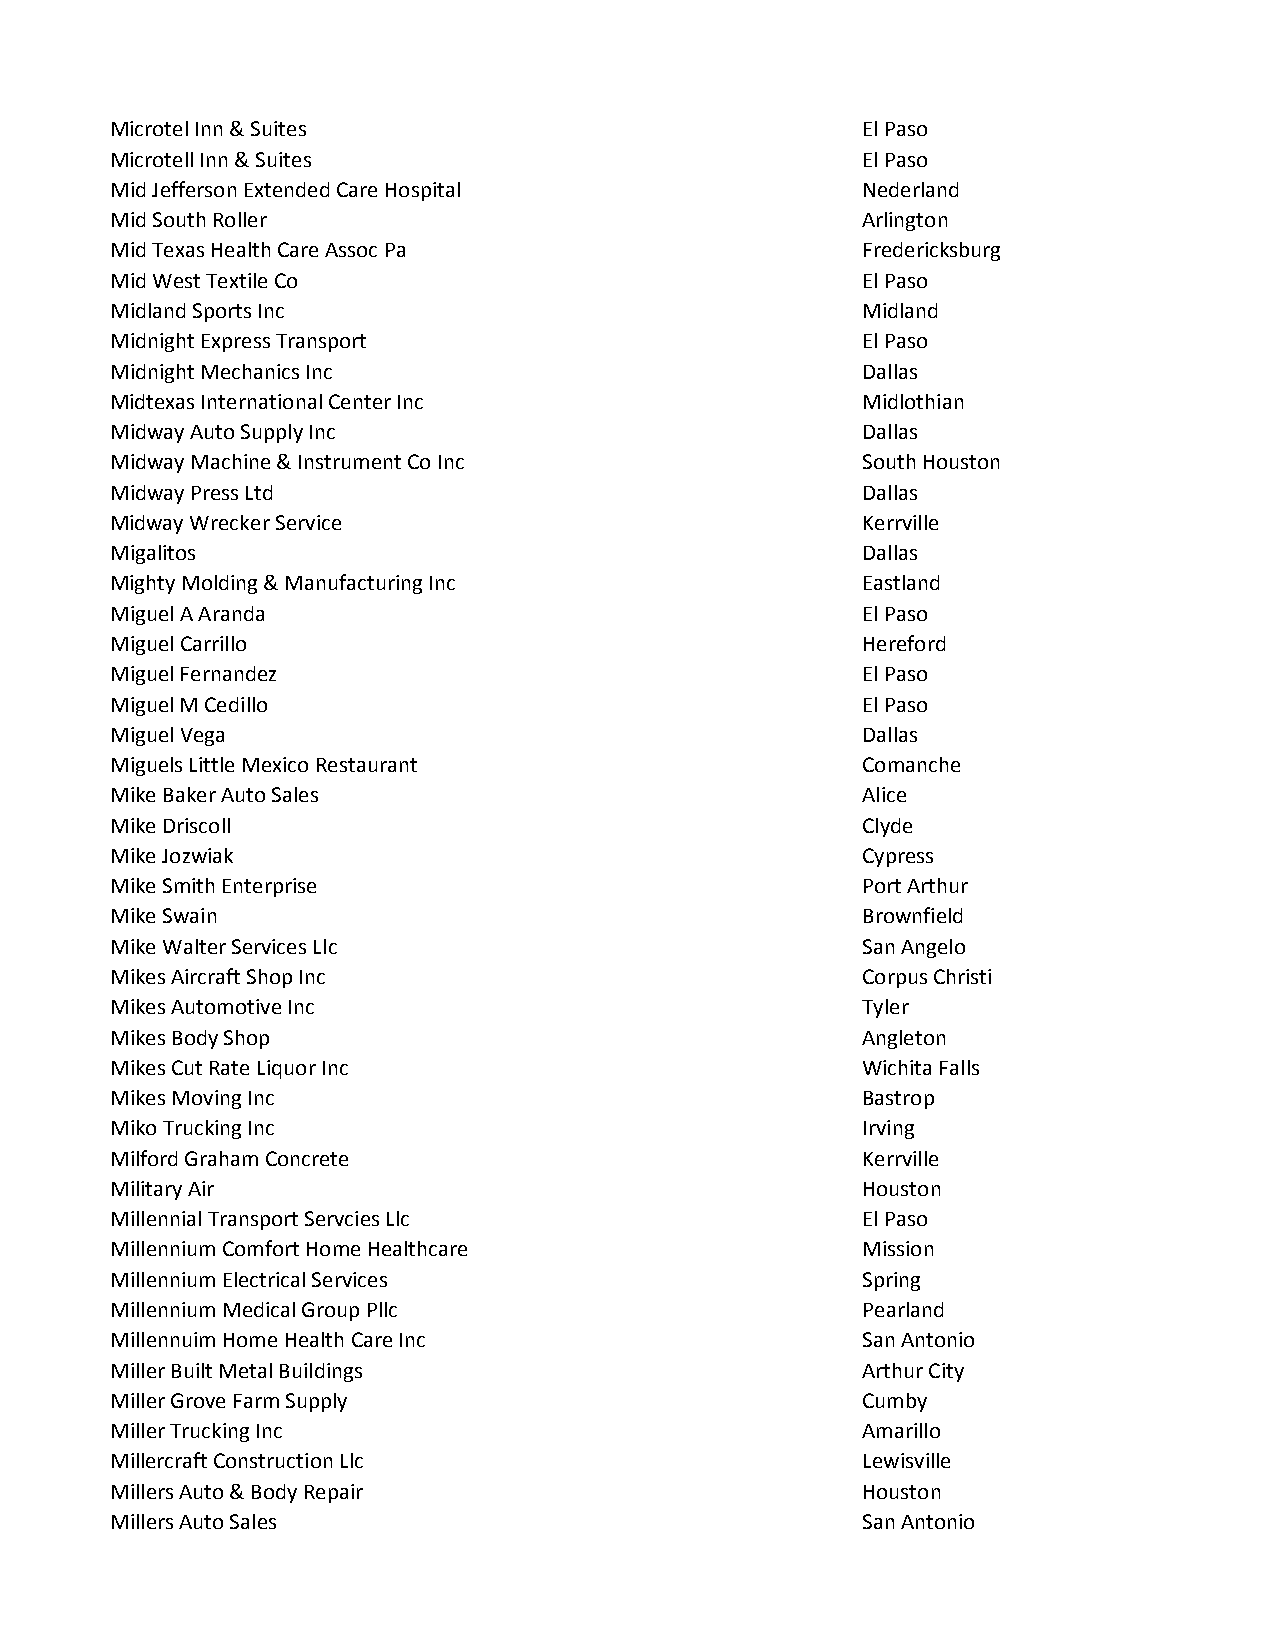
Microtel Inn & Suites                             El Paso
 Microtell Inn & Suites                            El Paso
 Mid Jefferson Extended Care Hospital              Nederland
 Mid South Roller                                  Arlington
 Mid Texas Health Care Assoc Pa                    Fredericksburg
 Mid West Textile Co                               El Paso
 Midland Sports Inc                                Midland
 Midnight Express Transport                        El Paso
 Midnight Mechanics Inc                            Dallas
 Midtexas International Center Inc                 Midlothian
 Midway Auto Supply Inc                            Dallas
 Midway Machine & Instrument Co Inc                South Houston
 Midway Press Ltd                                  Dallas
 Midway Wrecker Service                            Kerrville
 Migalitos                                         Dallas
 Mighty Molding & Manufacturing Inc                Eastland
 Miguel A Aranda                                   El Paso
 Miguel Carrillo                                   Hereford
 Miguel Fernandez                                  El Paso
 Miguel M Cedillo                                  El Paso
 Miguel Vega                                       Dallas
 Miguels Little Mexico Restaurant                  Comanche
 Mike Baker Auto Sales                             Alice
 Mike Driscoll                                     Clyde
 Mike Jozwiak                                      Cypress
 Mike Smith Enterprise                             Port Arthur
 Mike Swain                                        Brownfield
 Mike Walter Services Llc                          San Angelo
 Mikes Aircraft Shop Inc                           Corpus Christi
 Mikes Automotive Inc                              Tyler
 Mikes Body Shop                                   Angleton
 Mikes Cut Rate Liquor Inc                         Wichita Falls
 Mikes Moving Inc                                  Bastrop
 Miko Trucking Inc                                 Irving
 Milford Graham Concrete                           Kerrville
 Military Air                                      Houston
 Millennial Transport Servcies Llc                 El Paso
 Millennium Comfort Home Healthcare                Mission
 Millennium Electrical Services                    Spring
 Millennium Medical Group Pllc                     Pearland
 Millennuim Home Health Care Inc                   San Antonio
 Miller Built Metal Buildings                      Arthur City
 Miller Grove Farm Supply                          Cumby
 Miller Trucking Inc                               Amarillo
 Millercraft Construction Llc                      Lewisville
 Millers Auto & Body Repair                        Houston
 Millers Auto Sales                                San Antonio